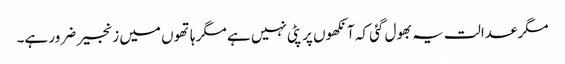
مگر عدالت یہ بھول گئی کہ آنکھوں پر پٹی نہیں ہے مگر ہاتھوں میں زنجیر ضرور ہے۔